Civil Veterinary Dept. Assam report 1927-50 - 1927-1950
Year: 1927
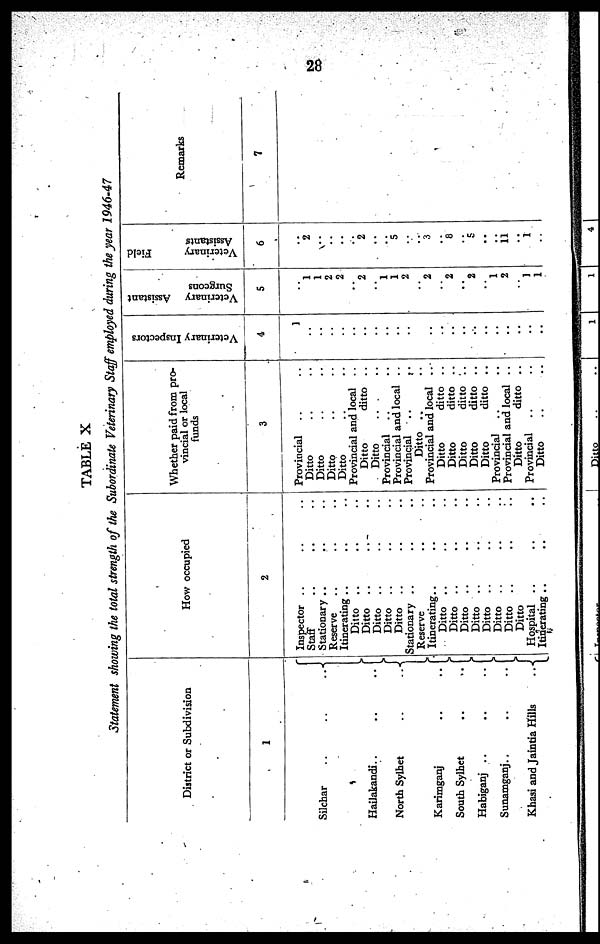
28
TABLE X
Statement showing the total strength of the Subordinate Veterinary Staff employed during the year 1946-47
District or Subdivision
1
Silchar .. .. ..
Hailakandi .. .. ..
North Sylhet
..
..
Karimganj
..
..
South Sylhet
..
..
Habiganj
..
..
..
Sunamganj
..
..
..
Khasi and Jaintia
Hills
..
How occupied
2
Inspector .. .. ..
Staff .. .. ..
Stationary .. .. ..
Reserve .. .. ..
Itinerating .. .. ..
Ditto .. .. ..
Ditto .. .. ..
Ditto .. .. ..
Ditto .. .. ..
Ditto .. .. ..
Stationary .. .. ..
Reserve
Itinerating .. .. ..
Ditto .. .. ..
Ditto .. .. ..
Ditto .. .. ..
Ditto .. .. ..
Ditto .. .. ..
Ditto .. .. ..
Ditto .. .. ..
Ditto
Hospital .. .. ..
Itinerating .. .. ..
Whether paid from pro-
vincial or local
funds
3
Provincial .. ..
Ditto .. ..
Ditto .. ..
Ditto .. ..
Ditto .. ..
Provincial and local
..
Ditto
ditto ..
Ditto .. ..
Provincial .. ..
Provincial and local ..
Provincial
..
..
Ditto .. ..
Provincial and local
..
Ditto
ditto .. ..
Ditto
ditto ..
Ditto
ditto ..
Ditto
ditto ..
Ditto
ditto ..
Provincial .. ..
Provincial and local ..
Ditto
ditto ..
Provincial .. ..
Ditto .. ..
Veterinary Inspectors
4
1
..
..
..
..
..
..
..
..
..
..
..
..
..
..
..
..
..
..
..
..
..
..
Veterinary Assistant
Surgeons
5
..
1
1
2
2
..
2
..
1
1
2
..
2
..
2
..
2
..
1
2
..
1
1
Veterinary
Field
Assistants
6
..
2
..
..
..
..
..
..
5
..
..
3
..
8
..
5
..
..
11
..
i
..
Remarks
7